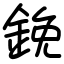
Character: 鋔